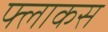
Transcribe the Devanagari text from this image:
फ्लाकस